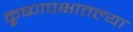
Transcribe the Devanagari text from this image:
कृ्ष्णपक्षातल्या